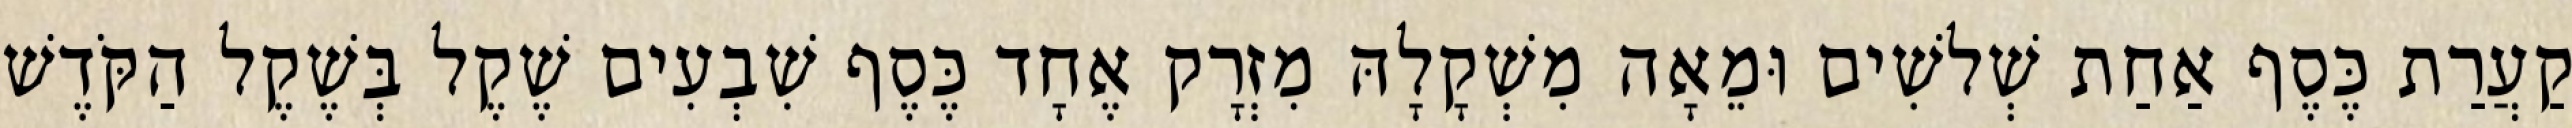
קַעֲרַת כֶּסֶף אַחַת שְׁלשִׁים וּמֵאָה מִשְׁקָלָהּ מִזְרָק אֶחָד כֶּסֶף שִׁבְעִים שֶׁקֶל בְּשֶׁקֶל הַקֹּדֶשׁ